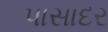
પાસાદર